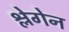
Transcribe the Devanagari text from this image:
श्लेगेन